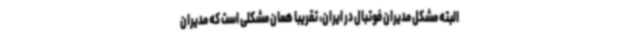
البته مشکل مدیران فوتبال در ایران، تقریبا همان مشکلی است که مدیران